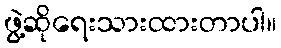
ဖွဲ့ဆိုရေးသားထားတာပါ။